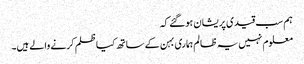
ہم سب قیدی پریشان ہوگئے کہ
معلوم نہیں یہ ظالم ہماری بہن کے ساتھ کیا ظلم کرنے والے ہیں۔